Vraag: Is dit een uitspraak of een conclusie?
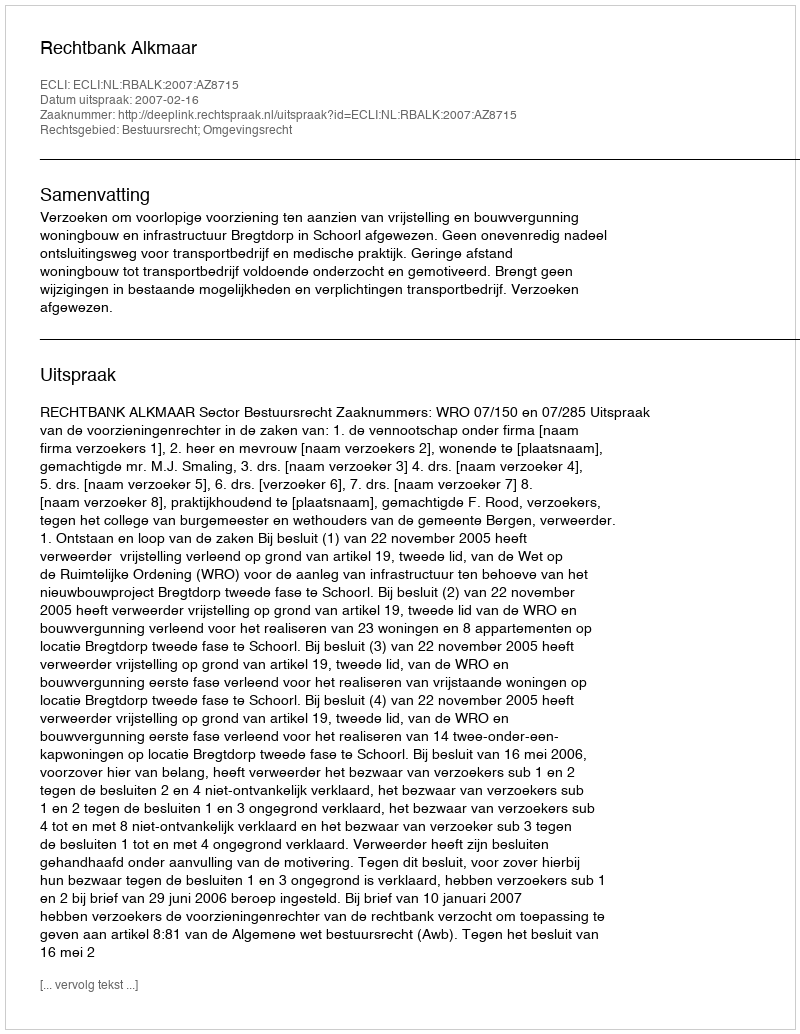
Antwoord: Uitspraak